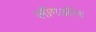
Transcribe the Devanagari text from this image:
लॉगऑन